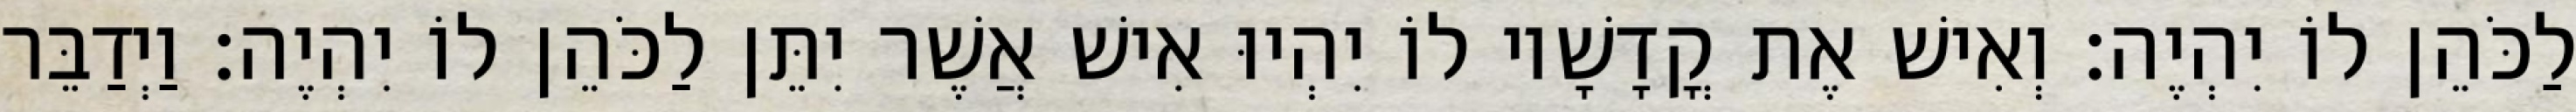
לַכֹּהֵן לוֹ יִהְיֶה׃ וְאִישׁ אֶת קֳדָשָׁיו לוֹ יִהְיוּ אִישׁ אֲשֶׁר יִתֵּן לַכֹּהֵן לוֹ יִהְיֶה׃ וַיְדַבֵּר